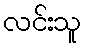
လင်းသူ